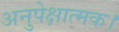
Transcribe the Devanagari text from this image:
अनुपेक्षात्मक।